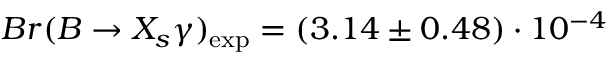
B r ( B \to X _ { s } \gamma ) _ { \mathrm { e x p } } = ( 3 . 1 4 \pm 0 . 4 8 ) \cdot 1 0 ^ { - 4 }